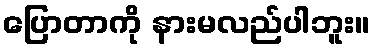
ပြောတာကို နားမလည်ပါဘူး။